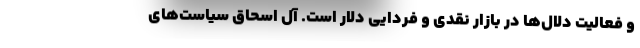
و فعالیت دلال‌ها در بازار نقدی و فردایی دلار است. آل اسحاق سیاست‌های